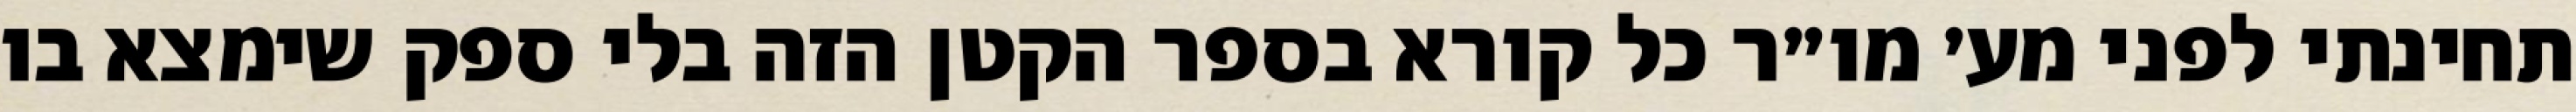
תחינתי לפני מע׳ מו״ר כל קורא בספר הקטן הזה בלי ספק שימצא בו